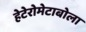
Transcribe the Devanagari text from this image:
हेटेरोमेटाबोला